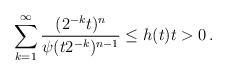
LaTeX: \begin{align*}\sum_{k=1}^{\infty} \frac{(2^{-k}t )^n}{\psi (t 2^{-k})^{n-1}}\le h(t ) t>0\,.\end{align*}